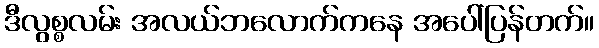
ဒီလွစ္စလမ်း အလယ်ဘလောက်ကနေ အပေါ်ပြန်တက်။